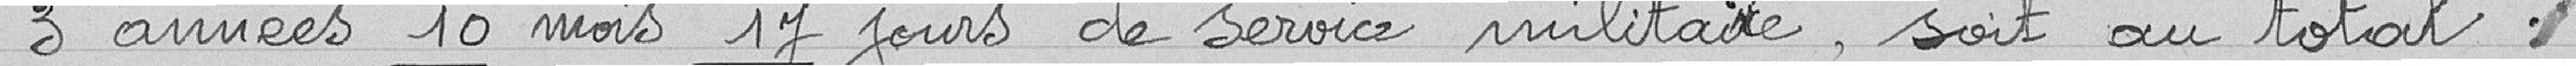
3 années 10 mois 17 jours de service militaire, soit au total :